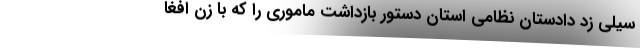
سیلی زد دادستان نظامی استان دستور بازداشت ماموری را که با زن افغا